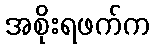
အစိုးရဖက်က